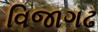
વિજાગઢ